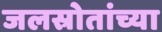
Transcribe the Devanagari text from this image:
जलस्रोतांच्या